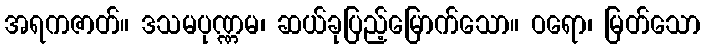
အရကဇာတ်။ ဒသမပုဏ္ဏမ၊ ဆယ်ခုပြည့်မြောက်သော။ ဝရော၊ မြတ်သော